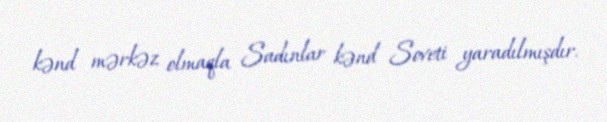
kənd mərkəz olmaqla Sadınlar kənd Soveti yaradılmışdır.